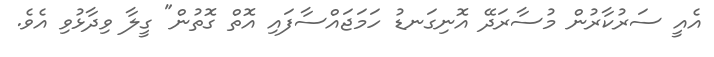
އެއީ ސަރުކާރުން މުސާރަދޭ އޮނިގަނޑު ހަމަޖައްސާފައި އޮތް ގޮތުން" ގީލާ ވިދާޅުވި އެވެ.